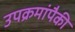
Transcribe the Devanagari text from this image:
उपक्रमांपैकी